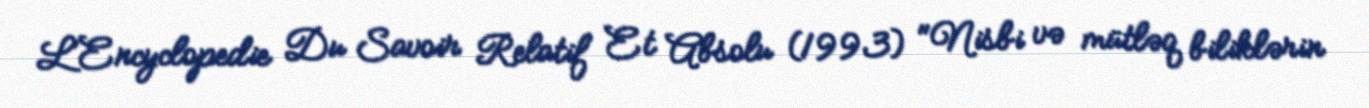
L’Encyclopedie Du Savoir Relatif Et Absolu (1993) "Nisbi və mütləq biliklərin